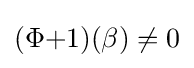
(\Phi {+}1)(\beta )\neq 0